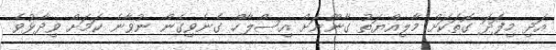
އަދި މިފަދަ ގޮތަކަށް މާލިއްޔަތު ގާނޫނަށް އިސްލާހް ގެނެވިގެން ނުވާނެ ކަމަށް ވިދާޅުވެ